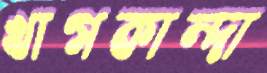
খাগকান্দা